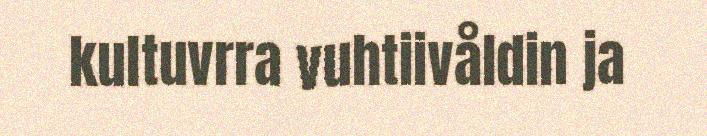
kultuvrra vuhtiivåldin ja